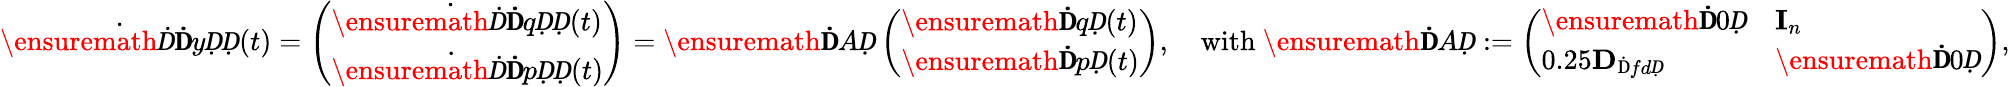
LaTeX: \dot{\ensuremath Ḋ\mathbf ḊyḌḌ}(t)=\left(\begin{array}{l}{\dot{\ensuremath Ḋ\mathbf ḊqḌḌ}(t)}\\ {\dot{\ensuremath Ḋ\mathbf ḊpḌḌ}(t)}\end{array}\right)=\ensuremath{\mathbf ḊAḌ}\left(\begin{array}{l}{\ensuremath{\mathbf ḊqḌ}(t)}\\ {\ensuremath{\mathbf ḊpḌ}(t)}\end{array}\right),\quad\mathrm{with~}\ensuremath{\mathbf ḊAḌ}:=\left(\begin{array}{ll}{\ensuremath{\mathbf Ḋ0Ḍ}}&{\mathbf I_{n}}\\ {0.25\mathbf{D}_{\mathrm{Ḋ}fdḌ}}&{\ensuremath{\mathbf Ḋ0Ḍ}}\end{array}\right),